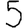
Digit: 5